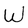
Character: W